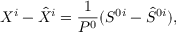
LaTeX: X ^ { i } - \hat { X } ^ { i } = \frac { 1 } { P ^ { 0 } } ( S ^ { 0 i } - \hat { S } ^ { 0 i } ) ,